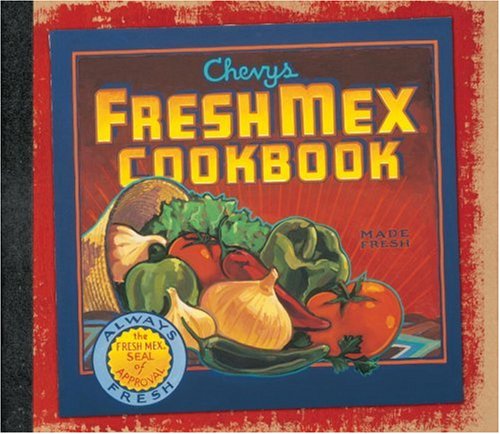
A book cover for Chevys Fresh Mex Cookbook; Chevys Inc Staff; Cookbooks, Food & Wine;